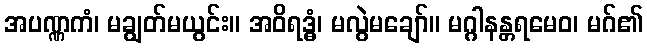
အပဏ္ဏကံ၊ မချွတ်မယွင်း။ အဝိရဒ္ဓံ၊ မလွဲမချော်။ မဂ္ဂါနန္တရမေဝ၊ မဂ်၏